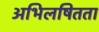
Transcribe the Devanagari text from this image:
अभिलषितता